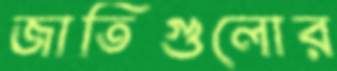
জাতিগুলোর